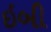
ઇબી